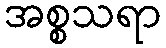
အစ္စသရာ